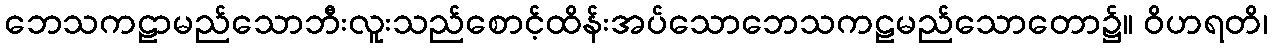
ဘေသကဠာမည်သောဘီးလူးသည်စောင့်ထိန်းအပ်သောဘေသကဠမည်သောတော၌။ ဝိဟရတိ၊